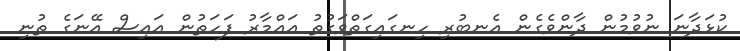
ކުޅަދާނަ ނުވުމުން ދާންވެގެން އެނބުރި ހިނގައިގަތްވަގުތު އައްމާރު ފަހަތުން އައިސް އޭނަގެ ތުނި